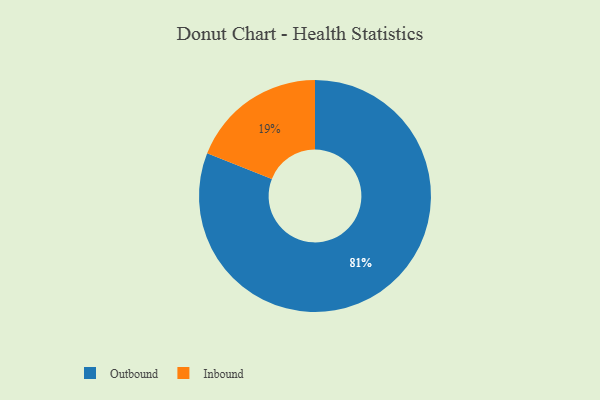
{"axis": {"x": "Category", "y": "Percentage"}, "legend": ["Inbound", "Outbound"], "data": [{"x": "Outbound", "y": 81, "type": "Outbound"}, {"x": "Inbound", "y": 19, "type": "Inbound"}]}